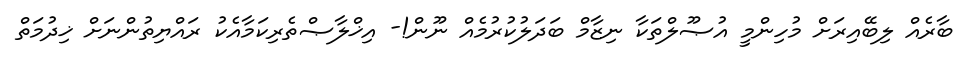
ބާރެއް ލިބޭއިރަށް މުހިންމީ އުޞޫލްތަކާ ނިޒާމް ބަދަލުކުރުމެއް ނޫން!- އިޚްލާޞްތެރިކަމާއެކު ރައްޔިތުންނަށް ޚިދުމަތް